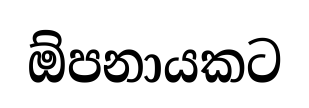
ඕපනායකට